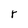
Character: r